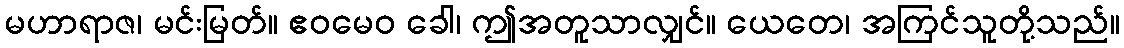
မဟာရာဇ၊ မင်းမြတ်။ ဧဝမေဝ ခေါ၊ ဤအတူသာလျှင်။ ယေတေ၊ အကြင်သူတို့သည်။